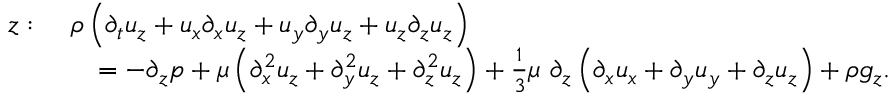
{ \begin{array} { r l } { z : \ } & { \rho \left( { \partial _ { t } u _ { z } } + u _ { x } { \partial _ { x } u _ { z } } + u _ { y } { \partial _ { y } u _ { z } } + u _ { z } { \partial _ { z } u _ { z } } \right) } \\ & { \quad = - { \partial _ { z } p } + \mu \left( { \partial _ { x } ^ { 2 } u _ { z } } + { \partial _ { y } ^ { 2 } u _ { z } } + { \partial _ { z } ^ { 2 } u _ { z } } \right) + { \frac { 1 } { 3 } } \mu \ \partial _ { z } \left( { \partial _ { x } u _ { x } } + { \partial _ { y } u _ { y } } + { \partial _ { z } u _ { z } } \right) + \rho g _ { z } . } \end{array} }